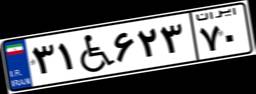
۲۵W۱۳۴۱۶